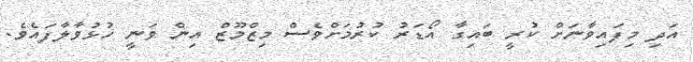
އަދި މިފައިވާނަށް ކުރީ ބައިގާ އޯޑަރު ކުރުމަށްވެސް މިޒްމޫޒް އިން ވަނީ ހުޅުވާލާފައެވެ.